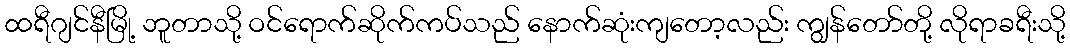
ထရီဂျင်နီမြို့ ဘူတာသို့ ဝင်ရောက်ဆိုက်ကပ်သည် နောက်ဆုံးကျတော့လည်း ကျွန်တော်တို့ လိုရာခရီးသို့